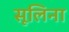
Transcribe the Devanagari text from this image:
सूलिना